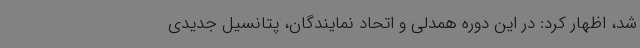
شد، اظهار کرد: در این دوره همدلی و اتحاد نمایندگان، پتانسیل جدیدی